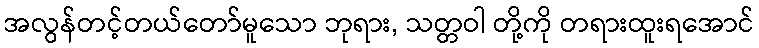
အလွန်တင့်တယ်တော်မူသော ဘုရား, သတ္တဝါ တို့ကို တရားထူးရအောင်